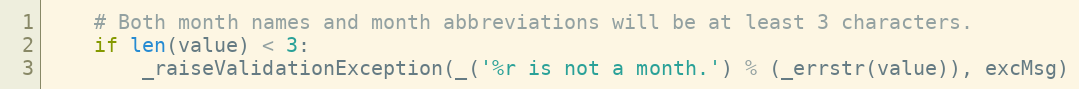
Language: Python
    # Both month names and month abbreviations will be at least 3 characters.
    if len(value) < 3:
        _raiseValidationException(_('%r is not a month.') % (_errstr(value)), excMsg)